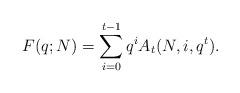
LaTeX: \begin{align*}F(q; N) =\sum_{i=0}^{t-1} q^i A_{t} (N, i , q^t ).\end{align*}